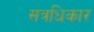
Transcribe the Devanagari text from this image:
सत्रधिकार